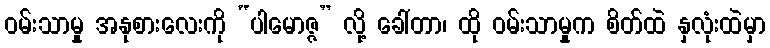
ဝမ်းသာမှု အနုစားလေးကို “ပါမောဇ္ဇ” လို့ ခေါ်တာ၊ ထို ဝမ်းသာမှုက စိတ်ထဲ နှလုံးထဲမှာ